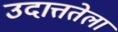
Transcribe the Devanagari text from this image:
उदात्ततेला